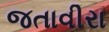
જતાવીરા